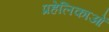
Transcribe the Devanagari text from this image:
प्रहेलिकाओं